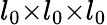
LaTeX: l_{0}{\times}l_{0}{\times}l_{0}